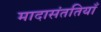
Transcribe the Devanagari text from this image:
मादासंततियाँ